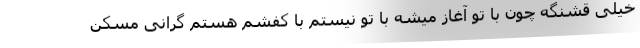
خیلی قشنگه چون با تو آغاز میشه با تو نیستم با کفشم هستم گرانی مسکن